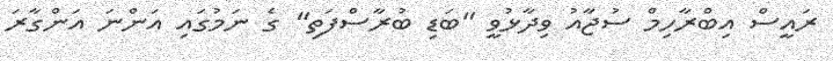
ރައީސް އިބްރާހިމް ސުޖާއު ވިދާޅުވީ "ބަޑި ބުރާސްފަތި" ގެ ނަމުގައި އަންނަ އަންގާރަ